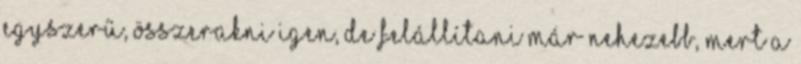
egyszerű, összerakni igen, de felállítani már nehezebb, mert a